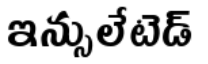
ఇన్సులేటెడ్